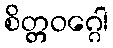
စိတ္တဝဂ္ဂေါ